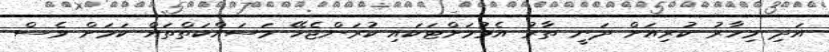
އަދި މިހާރު ކުރިއަށް ދަނީ ތާރު އެޅުމަށްޓަކައި ކުރަންޖެހޭ މަސައްކަތްތައް ކަމަށް ވެސް